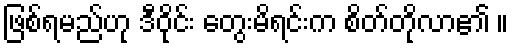
ဖြစ်ရမည်ဟု ဒီဝိုင်း တွေးမိရင်းက စိတ်တိုလာ၏ ။